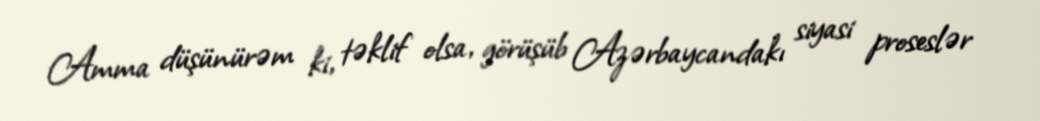
Amma düşünürəm ki, təklif olsa, görüşüb Azərbaycandakı siyasi proseslər